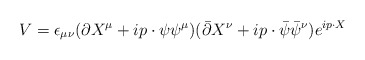
\begin{align*}V= \epsilon_{\mu \nu} (\partial X^{\mu} + ip \cdot \psi \psi^{\mu})(\bar{\partial} X^{\nu} + ip \cdot \bar{\psi} \bar{\psi}^{\nu}) e^{ip \cdot X}\end{align*}